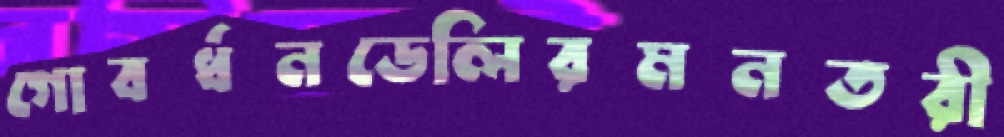
গোবর্ধনডেলিরমনতরী